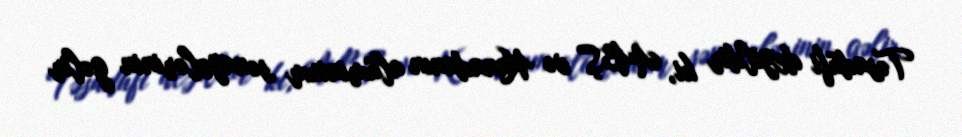
Təsadüfi deyildir ki, ABŞ və Kanadanın alüminium sənayelərinin gəlir